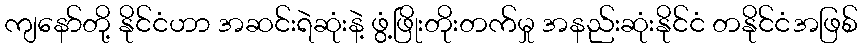
ကျနော်တို့ နိုင်ငံဟာ အဆင်းရဲဆုံးနဲ့ ဖွံ့ဖြိုးတိုးတက်မှု အနည်းဆုံးနိုင်ငံ တနိုင်ငံအဖြစ်